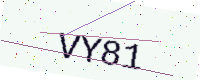
Text: VY81